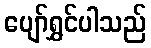
ပျော်ရွှင်ပါသည်